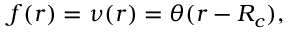
f ( r ) = \nu ( r ) = \theta ( r - R _ { c } ) ,